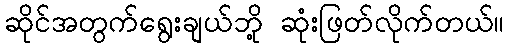
ဆိုင်အတွက်ရွေးချယ်ဘို့ ဆုံးဖြတ်လိုက်တယ်။